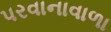
પરવાનાવાળા